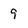
Character: 9